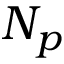
N _ { p }